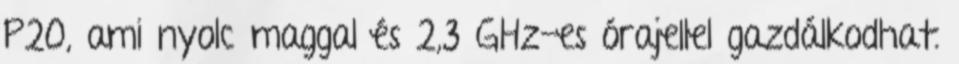
P20, ami nyolc maggal és 2,3 GHz-es órajellel gazdálkodhat.